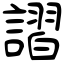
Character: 謵